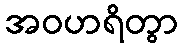
အဝဟရိတွာ